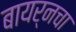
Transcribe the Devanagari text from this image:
बायर्नचा